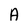
Character: A